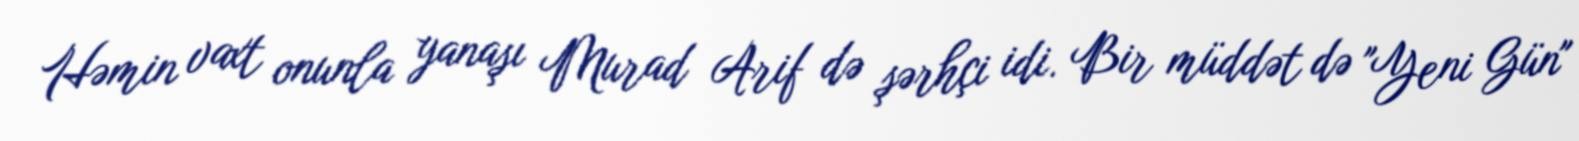
Həmin vaxt onunla yanaşı Murad Arif də şərhçi idi. Bir müddət də "Yeni Gün"